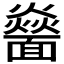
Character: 𩉅